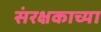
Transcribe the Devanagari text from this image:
संरक्षकाच्या